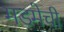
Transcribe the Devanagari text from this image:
मडमेची